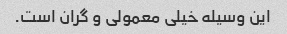
این وسیله خیلی معمولی و گران است.